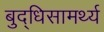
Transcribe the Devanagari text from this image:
बुद्धिसामर्थ्य